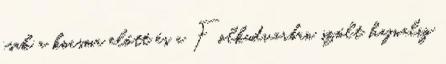
csak a kocsma előtt és a Folkudvarban szólt hajnalig